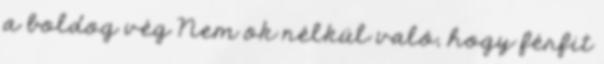
a boldog vég Nem ok nélkül való, hogy férfit